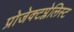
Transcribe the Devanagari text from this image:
प्रोजेक्टप्लेलिस्ट